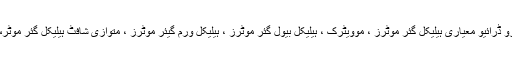
ہم تمام SEW یورو ڈرائیو معیاری ہیلیکل گئر موٹرز ، موویٹرک ، ہیلیکل بیول گئر موٹرز ، ہیلیکل ورم گیئر موٹرز ، متوازی شافٹ ہیلیکل گئر موٹرس مہیا کرتے ہیں۔